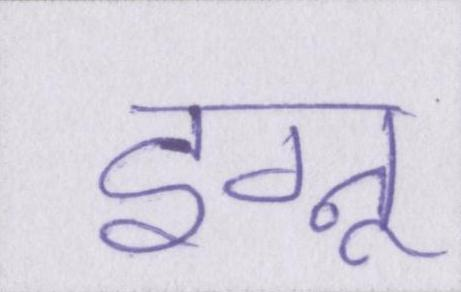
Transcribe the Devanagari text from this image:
इग्नू